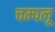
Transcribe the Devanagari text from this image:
चम्पलू